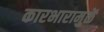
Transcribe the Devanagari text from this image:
कारभारामुळें